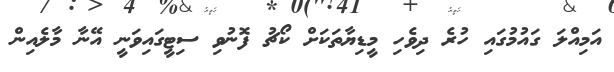
އަމިއްލަ ގައުމުގައި ހުރެ ދިވެހި މީޑިޔާތަކަށް ކޯޗު ފޮނުވި ސިޓީގައިވަނީ އޭނާ މާލެއިން